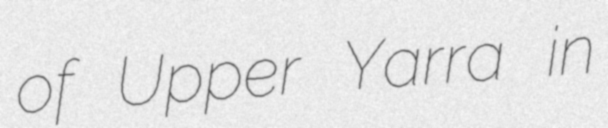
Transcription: of Upper Yarra in